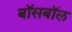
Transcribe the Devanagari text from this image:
बॉसबॉल